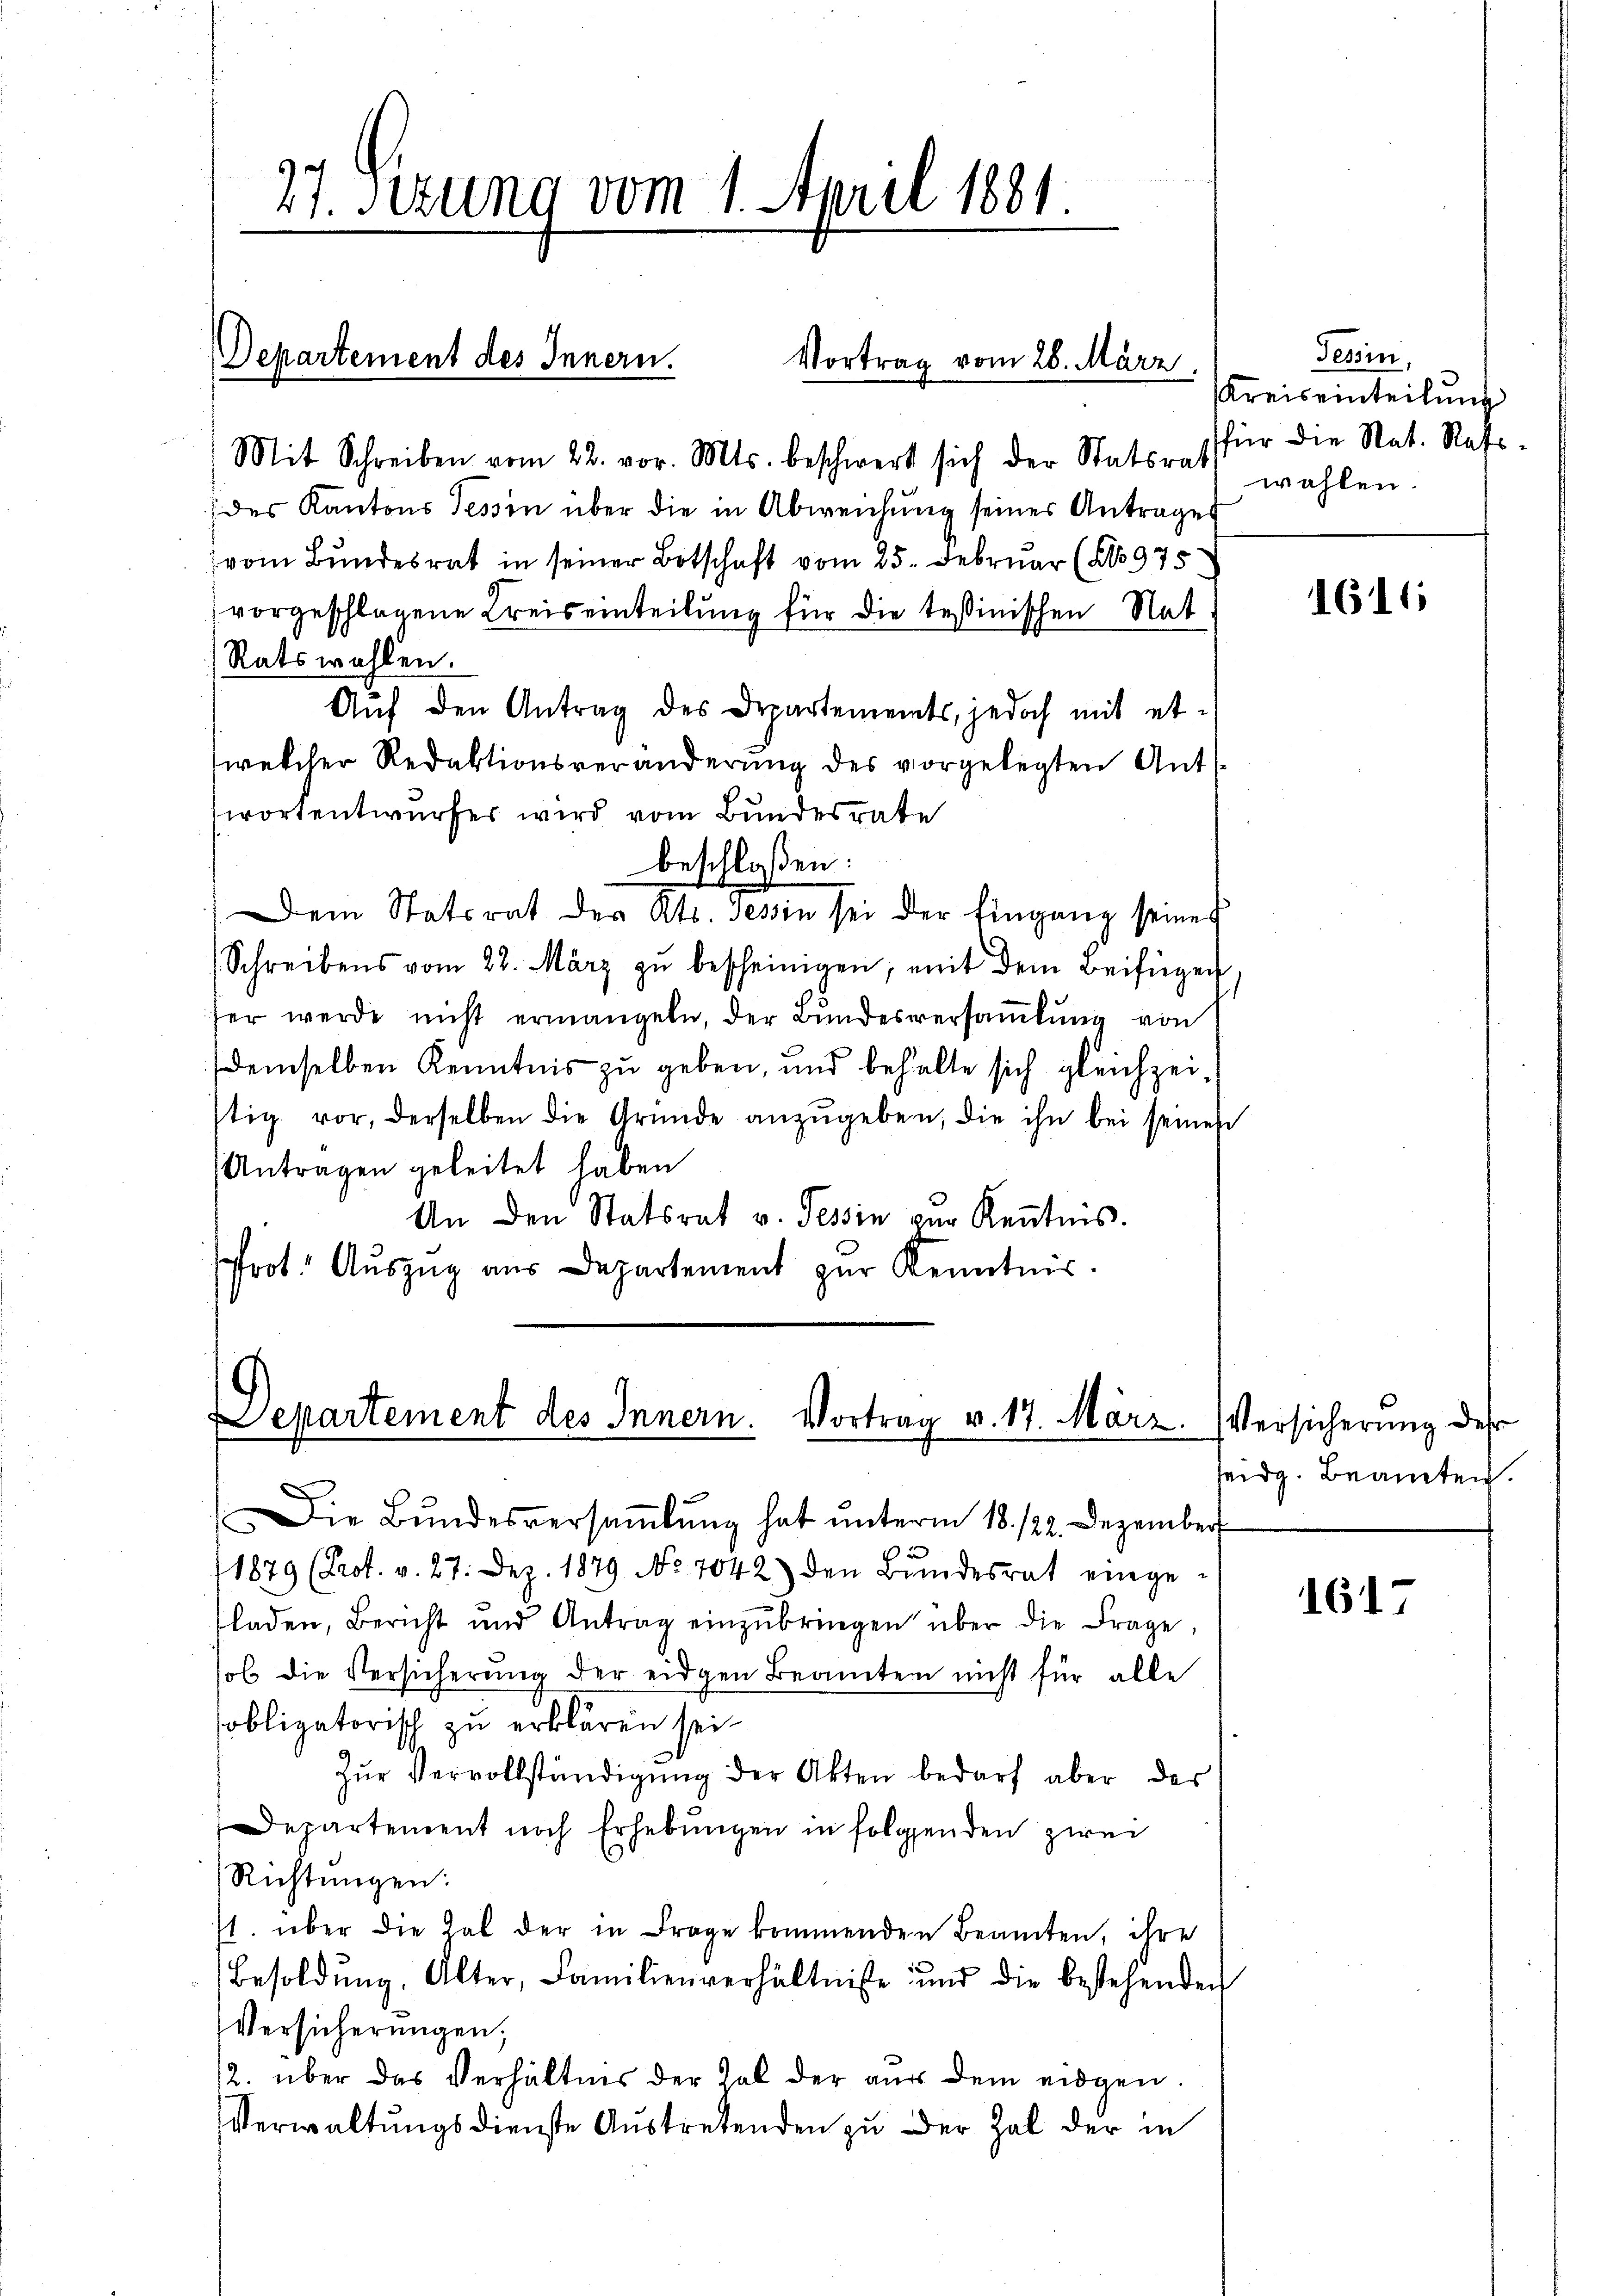
Mit Schreiben vom 22. vor. Mts. beschwert sich der Statsrat
(des Kantons Tessin über die in Abweichung seines Antrages
(vom Bundesrat in seiner Botschaft vom 25. Februar (No 975
vorgeschlagene Kreiseinteilung für die tessinischen Nat
Ratswahlen.
Auf den Antrag des Departements, jedoch mit etwelcher Redaktionsveränderung des vorgelegten Ant
wortentwurfes wird vom Bundesrate
beschloßen:
Dem Statsrat des Kts. Tessin sei der Eingang seines
Schreibens vom 28. März zŭ bescheinigen; mit dem Beifügen
her werde nicht ermangeln, der Bundesversaṁlŭng von
(demselben Kenntnis zu geben, und behalte sich gleichzeistig vor, derselben die Gründe anzŭgeben, die ihn bei seinen
(Antragen geleitet haben
An den Statsrat v. Tessin vor Kenntnis.
rot. Aŭszŭg aŭs Departement zur Kenntnis.

27. Setzung vom 1. April 1881.

Departement des Innern.

Vortrag vom 28. März.

Departement des Innern. Vortrag v. 17. März.

Die Bŭndesversaṁlŭng hat ŭnterm 18. 122. Dezember
1879 (Prot. v. 27. Dez. 1879 No 7042) den Bŭndesrat eingefladen, Bericht und Antrag einzŭbringen über die Frage,
sol die Versicherŭng der eidgen Beamter nicht für alle
sobligatorisch zu erklären sei.
Zŭr Vervollständigŭng der Akten bedarf aber des
Departement noch Erhebungen in folgenden zwei
Richtungen:
1. über die hat der in Frage kommenden Beamten, ihre
Besoldŭng, Alter, Familienverhältnisse und die bestehenden
Versicherungen;
12. über das Verhältnis der Zal der aus dem eidgen.
Verwaltungsdienste Austretenden zu der Zal der in

Tessin,
Kreiseinteilung
für die Nat. Refswählen.

1616

Versicherung des
teidg. Beamten.

1617